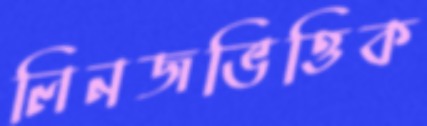
লিনজভিত্তিক